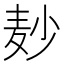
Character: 𪎊